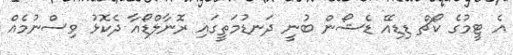
އެ ޓީމުގެ ކޯޗް ޑިޑިއޭ ޑެޝޯން ބުނީ ދަނޑުމަތީގައި ރޮނާލްޑޯއާ ދެކޮޅު ވިސްނުމެއް